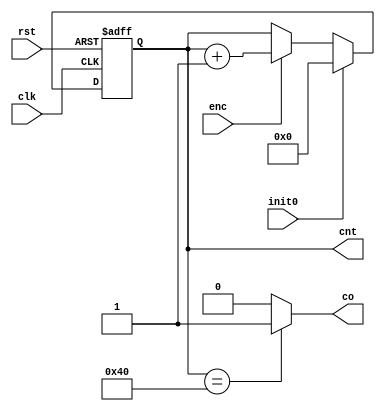
module counter64 (clk, rst, init0, enc, cnt, co);
	
	parameter N = 7;
	input clk;
	input rst;
	input init0;
	input enc;
	output co;
	output reg [N-1:0] cnt;
	
	always @ (posedge clk, posedge rst) begin
		if (rst) 
			cnt <= 0;
		else
			if (init0)
				cnt <= 0;
			else
				if (enc)
					cnt <= cnt + 1;
				else
					cnt <= cnt;
	end
	assign co = (cnt == 64) ? 1'b1 : 1'b0;
endmodule